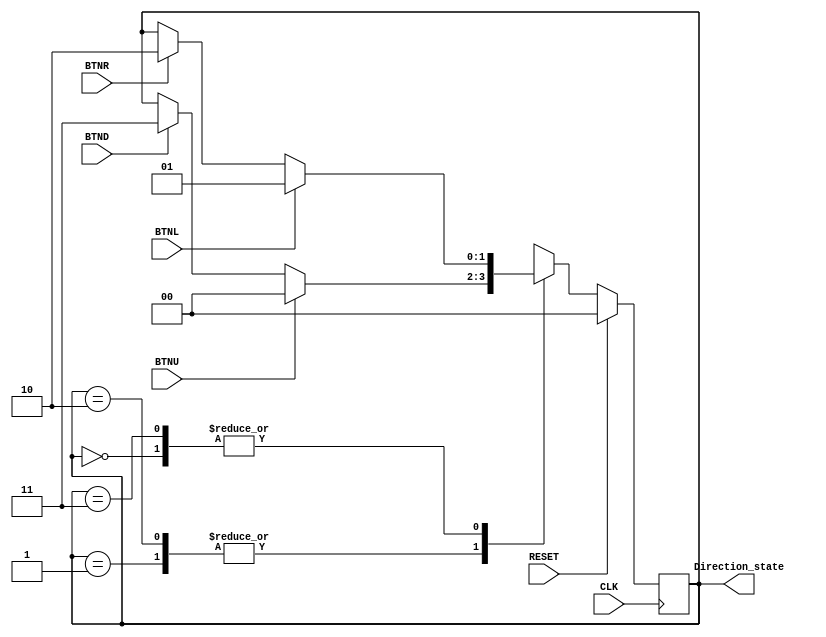
`timescale 1ns / 1ps
//////////////////////////////////////////////////////////////////////////////////
// Company: 
// Engineer: 
// 
// Design Name: 
// Module Name: Navigation_State_Machine
// Project Name: 
// Target Devices: 
// Tool Versions: 
// Description: 
// 
// Dependencies: 
// 
// Revision:
// Revision 0.01 - File Created
// Additional Comments:
// 
//////////////////////////////////////////////////////////////////////////////////


module Navigation_State_Machine(
input CLK,
input BTNU,
input BTNL,
input BTNR,
input BTND,
input RESET,
output [1:0] Direction_state

    );
    
    reg [1:0] Curr_State;
    reg [1:0] Next_State;
    
    always@(posedge CLK)begin
          if(RESET)begin
             Curr_State <= 4'h0;
          end
                                                    
          else begin
             Curr_State <= Next_State;  
          end
      end
      
    always@(Curr_State or BTNL or BTNU or BTNR or BTND )begin
          case (Curr_State)
          2'b00    :   begin//up
               if (BTNL) begin
                   Next_State <= 2'b01;
               end  
               else if (BTNR) begin
                   Next_State <= 2'b10;
               end  
               else begin
                   Next_State <= Curr_State;
               end      
          end
                                         
                 
                                         
          2'b01    :   begin//left
               if (BTNU) begin
                   Next_State <= 2'b00;
               end
               else if (BTND) begin
                   Next_State <= 2'b11;
               end
               else begin
                   Next_State <= Curr_State;
               end
           end
                 
                 
          2'b10    :   begin//right
               if (BTNU) begin
                   Next_State <= 2'b00;
               end
               else if (BTND) begin
                   Next_State <= 2'b11;
               end
               else begin
                   Next_State <= Curr_State;
               end
          end     
          
          2'b11    :   begin//down
              if (BTNL) begin
                  Next_State <= 2'b01;
              end  
              else if (BTNR) begin
                  Next_State <= 2'b10;
              end  
              else begin
                  Next_State <= Curr_State;
              end      
          end     
       endcase
    end    
            
     assign Direction_state = Curr_State;       
            
endmodule